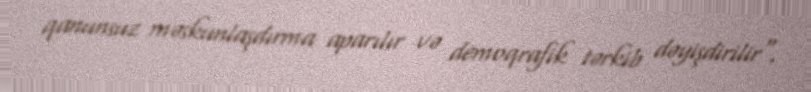
qanunsuz məskunlaşdırma aparılır və demoqrafik tərkib dəyişdirilir".